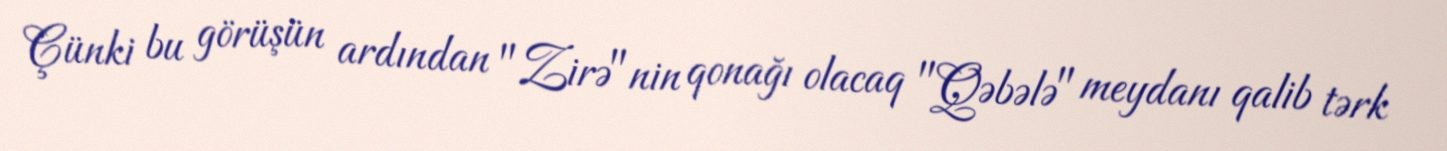
Çünki bu görüşün ardından "Zirə"nin qonağı olacaq "Qəbələ" meydanı qalib tərk